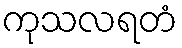
ကုသလရတံ